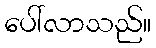
ပေါ်လာသည်။